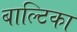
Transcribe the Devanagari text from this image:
बाल्टिका